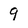
Character: 9